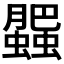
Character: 𧓖